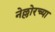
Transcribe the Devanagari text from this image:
नेल्लोरच्या